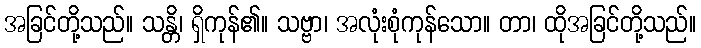
အခြင်တို့သည်။ သန္တိ၊ ရှိကုန်၏။ သဗ္ဗာ၊ အလုံးစုံကုန်သော။ တာ၊ ထိုအခြင်တို့သည်။